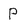
Character: P